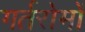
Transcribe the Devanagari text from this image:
गर्तरोमों